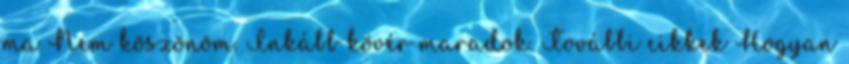
ma Nem köszönöm. Inkább kövér maradok. További cikkek Hogyan